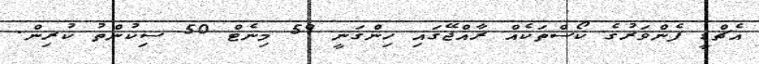
އެޗްޑީ ފެންވަރުގެ ކޯސްތަކެއް ރާއްޖޭގައި ހިންގަނީ 59 މިނެޓް 50 ސިކުންތު ކުރިން.